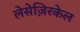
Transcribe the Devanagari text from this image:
लेसेज़िरकेल